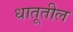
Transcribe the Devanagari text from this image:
धातूतील